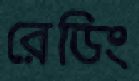
রেডিং